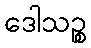
ဒေါသဉ္စ